Sanitation, dispensaries and jails vaccination Rajputana 1922-1927 - 1922-1927
Year: 1922
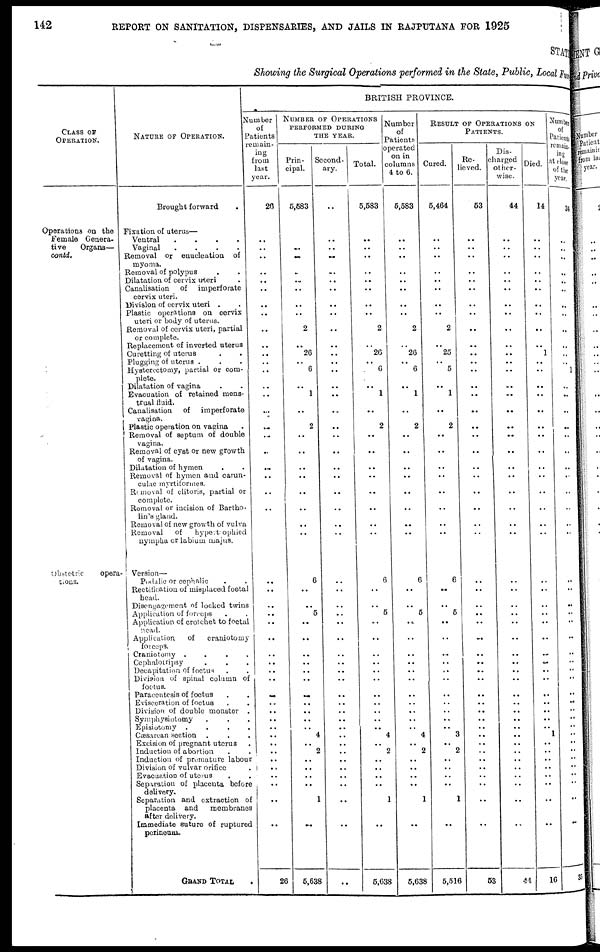
142
REPORT ON SANITATION, DISPENSARIES, AND JAILS IN RAJPUTANA FOR 1925
STATE
Showing the Surgical Operations performed in the State, Public, Local Fund
CLASS OF
OPERATION.
Operations on the
Female Genera-
tive
Organs—
contd.
Obstetric
opera-
tions.
NATURE OF OPERATION.
Brought forward
.
Fixation of uterus—
Ventral
.
.
.
.
Vaginal
.
.
.
.
Removal or enucleation of
myoma.
Removal of polypus . .
Dilatation of cervix uteri .
Canalisation of
imperforate
cervix uteri.
Division of cervix uteri . .
Plastic operations on cervix
uteri or body of uterus.
Removal of cervix uteri, partial
or complete.
Replacement of inverted uterus
Curetting of uterus
.
.
Plugging of uterus . . .
Hysterectomy, partial or com-
plete.
Dilatation of vagina . .
Evacuation of retained mens-
trual fluid.
Canalisation of
imperforate
vagina.
Plastic operation on vagina .
Removal of septum of double
vagina.
Removal of cyst or new growth
of vagina.
Dilatation of hymen . .
Removal of hymen and carun-
culae myrtiformes.
Removal of clitoris, partial or
complete.
Removal or incision of Bartho-
lin's gland.
Removal of new growth of vulva
Removal
of
hypertrophied
nympha or labium majus.
Version—
Podalic or cephalic . .
Rectification of misplaced foetal
head.
Disengagement of locked twins
Application of forceps . .
Application of crotchet to foetal
head.
Application
of
craniotomy
forceps.
Craniotomy .
.
.
.
Cephalotripsy . . .
Decapitation of foetus . .
Division of spinal column of
foetus.
Paracentesis of foetus . .
Evisceration of foetus . .
Division of double monetor .
Symphysiotomy
.
. .
Episiotomy .
.
.
.
Cæsarean section . . .
Excision of pregnant uterus .
Induction of abortion . .
Induction of premature labour
Division of vulvar orifice .
Evacuation of uterus . .
Separation of placenta before
delivery.
Separation and extraction of
placenta and
membranes
after delivery.
Immediate suture of ruptured
perinoum.
GRAND TOTAL
.
BRITISH PROVINCE.
Number
of
Patients
remain-
ing
from
last
year.
20
..
..
..
..
..
..
..
..
..
..
..
..
..
..
..
..
..
..
..
..
..
..
..
..
..
..
..
..
..
..
..
..
..
..
..
..
..
..
..
..
..
..
..
..
..
..
..
26
NUMBER OF OPERATIONS
PERFORMED DURING
THE YEAR.
Prin-
cipal.
5,583
..
..
..
..
..
..
..
..
2
..
26
..
6
..
1
..
2
..
..
..
..
..
..
..
..
6
..
..
5
..
..
..
..
..
..
..
..
..
..
.. 4
..
2
..
..
..
..
1
..
5,638
Second-
ary.
..
..
..
..
..
..
..
..
..
..
..
..
..
..
..
..
..
..
..
..
..
..
..
..
..
..
..
..
..
..
..
..
..
..
..
..
..
..
..
..
..
..
..
..
..
..
..
..
..
..
..
Total.
5,583
..
..
..
..
..
..
..
..
2
..
26
..
6
..
1
..
2
..
..
..
..
..
..
..
..
6
..
..
5
..
..
..
..
..
..
..
..
..
..
.. 4
..
2
..
..
..
..
1
..
5,638
Number
of
Patients
operated
on in
columns
4 to 6.
5,583
..
..
..
..
..
..
..
..
2
..
26
..
6
..
1
..
2
..
..
..
..
..
..
..
..
6
..
..
5
..
..
..
..
..
..
..
..
..
..
.. 4
..
2
..
..
..
..
1
..
5,638
RESULT OF OPERATIONS ON
PATIENTS.
Cured.
5,464
..
..
..
..
..
..
..
..
2
..
25
..
5
..
1
..
2
..
..
..
..
..
..
..
..
6
..
..
5
..
..
..
..
..
..
..
..
..
..
.. 3
..
2
..
..
..
..
1
..
5,516
Re-
lieved.
53
..
..
..
..
..
..
..
..
..
..
..
..
..
..
..
..
..
..
..
..
..
..
..
..
..
..
..
..
..
..
..
..
..
..
..
..
..
..
..
..
..
..
..
..
..
..
..
..
..
53
Dis-
charged
other-
wise.
44
..
..
..
..
..
..
..
..
..
..
..
..
..
..
..
..
..
..
..
..
..
..
..
..
..
..
..
..
..
..
..
..
..
..
..
..
..
..
..
..
..
..
..
..
..
..
..
..
..
44
Died.
14
..
..
..
..
..
..
..
..
..
..
1
..
..
..
..
..
..
..
..
..
..
..
..
..
..
..
..
..
..
..
..
..
..
..
..
..
..
..
..
.. 1
..
..
..
..
..
..
..
..
16
Number
of
Patients
remain-
ing
at close
of the
year.
34
..
..
..
..
..
..
..
..
..
..
..
..
1
..
..
..
..
..
..
..
..
..
..
..
..
..
..
..
..
..
..
..
..
..
..
..
..
..
..
..
..
..
..
..
..
..
..
..
..
35